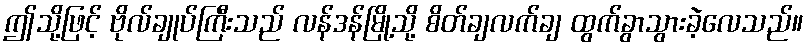
ဤသို့ဖြင့် ဗိုလ်ချုပ်ကြီးသည် လန်ဒန်မြို့သို့ စိတ်ချလက်ချ ထွက်ခွာသွားခဲ့လေသည်။